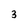
Character: 3